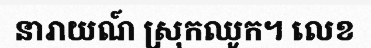
នារាយណ៍ ស្រុកឈូក។ លេខ